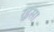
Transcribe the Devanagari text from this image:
र्इसा